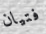
فتيان